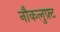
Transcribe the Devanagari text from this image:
नौकलुफ़्ट